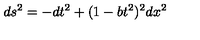
d s ^ { 2 } = - d t ^ { 2 } + ( 1 - b t ^ { 2 } ) ^ { 2 } d x ^ { 2 }